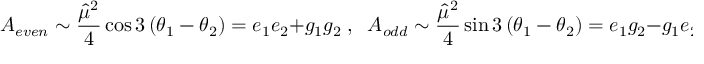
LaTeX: { \cal A } _ { e v e n } \sim \frac { { \hat { \mu } } ^ { 2 } } 4 \cos 3 \left( \theta _ { 1 } - \theta _ { 2 } \right) = e _ { 1 } e _ { 2 } + g _ { 1 } g _ { 2 } \; , \; \; { \cal A } _ { o d d } \sim \frac { { \hat { \mu } } ^ { 2 } } 4 \sin 3 \left( \theta _ { 1 } - \theta _ { 2 } \right) = e _ { 1 } g _ { 2 } - g _ { 1 } e _ { 2 }